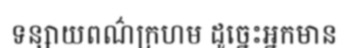
ទន្សាយពណ៌ក្រហម ដូច្នេះអ្នកមាន